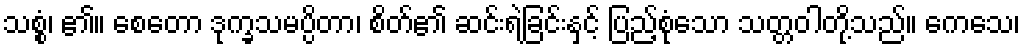
သစ္စံ၊ ၏။ စေတော ဒုက္ခသမပ္ပိတာ၊ စိတ်၏ ဆင်းရဲခြင်းနှင့် ပြည့်စုံသော သတ္တဝါတို့သည်။ ကေသေ၊